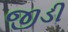
જીડી